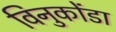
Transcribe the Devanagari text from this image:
विनुकोंडा